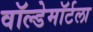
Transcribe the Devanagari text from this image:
वॉल्डेमॉर्टला